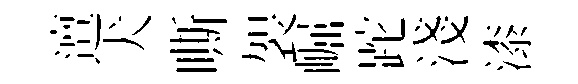
邅犬嘶袈崛跎淺漆